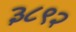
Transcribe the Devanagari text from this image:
३८९२